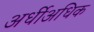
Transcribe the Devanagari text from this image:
अर्धीअधिक